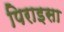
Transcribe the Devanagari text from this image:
पिराइसा